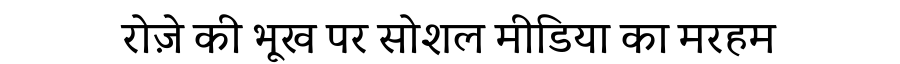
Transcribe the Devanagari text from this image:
रोज़े की भूख पर सोशल मीडिया का मरहम